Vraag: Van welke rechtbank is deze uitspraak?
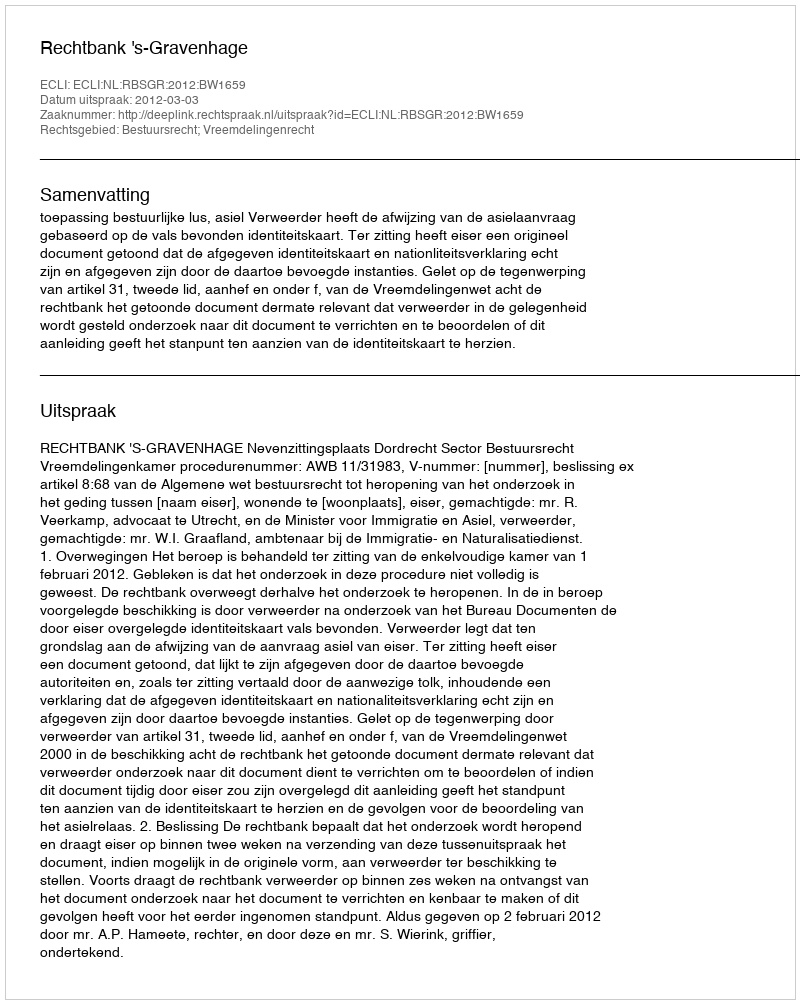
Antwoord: Rechtbank 's-Gravenhage